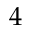
4